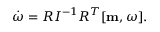
\begin{array} { r } { \dot { \boldsymbol \omega } = R I ^ { - 1 } R ^ { T } [ { \bf m } , { \boldsymbol \omega } ] . } \end{array}